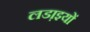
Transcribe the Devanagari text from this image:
लडा़इयों